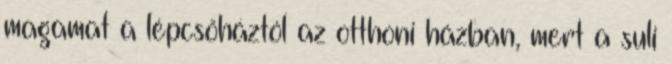
magamat a lépcsőháztól az otthoni házban, mert a suli